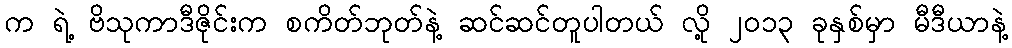
က ရဲ့ ဗိသုကာဒီဇိုင်းက စကိတ်ဘုတ်နဲ့ ဆင်ဆင်တူပါတယ် လို့ ၂၀၁၃ ခုနှစ်မှာ မီဒီယာနဲ့